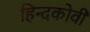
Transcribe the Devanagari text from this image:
हिन्दकोवी